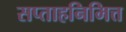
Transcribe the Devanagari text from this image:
सप्ताहनिमित्त